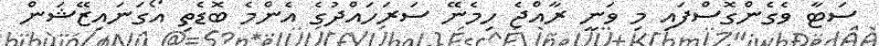
ސަޓާ ވެގެންގޮސްފައި މި ވަނީ ރާއްޖެ ހިމެނޭ ސަރަހައްދުގެ އެންމެ ބޮޑެތި އޯގަނައިޒޭޝަން